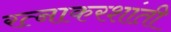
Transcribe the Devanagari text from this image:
रत्नाकरशांती